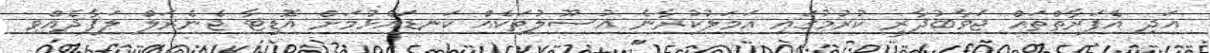
އަދި އެފަރާތްތައް ޖަވާބުދާރީ ކުރުމުގައި އަމަލުކުރާނެ އުސޫލުތަކެއް ކަނޑައެޅުމަށް އޮޑިޓާ ޖެނެރަލް ލަފާދެއްވި